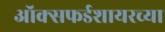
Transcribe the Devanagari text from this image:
ऑक्सफर्डशायरच्या